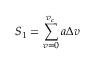
{ S _ { 1 } } = \sum _ { v = 0 } ^ { v _ { c } } a \Delta v